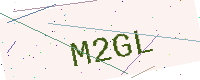
Text: M2GL